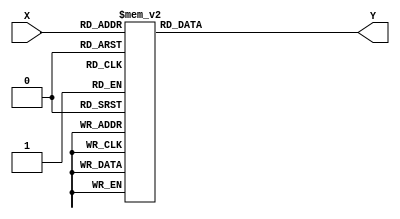
// Lookup table for function log((1+e^(-|x|)) / (1-e^(-|x|)) )
// X: 6 bits, 2 integer: 4 fractional, thus can be sampled at 0.0625
// Y: 4 bits, 2 integer: 2 fractional, thus can be quantized at 0.25

module LUT (
  input  [6-1 : 0] X,
  output reg [4-1 : 0] Y
);

always @(X) begin
  case (X)
    6'b000000: Y = 4'b1111;  // f(0.0) = 3.75 ~ 3.75
    6'b000001: Y = 4'b1110;  // f(0.0625) = 3.4660613494787524 ~ 3.5
    6'b000010: Y = 4'b1011;  // f(0.125) = 2.7738896200803707 ~ 2.75
    6'b000011: Y = 4'b1001;  // f(0.1875) = 2.3700473082913835 ~ 2.25
    6'b000100: Y = 4'b1000;  // f(0.25) = 2.0846309693248757 ~ 2.0
    6'b000101: Y = 4'b0111;  // f(0.3125) = 1.864389967905266 ~ 1.75
    6'b000110: Y = 4'b0111;  // f(0.375) = 1.6855999933200343 ~ 1.75
    6'b000111: Y = 4'b0110;  // f(0.4375) = 1.5356005427273531 ~ 1.5
    6'b001000: Y = 4'b0110;  // f(0.5) = 1.4068291137472952 ~ 1.5
    6'b001001: Y = 4'b0101;  // f(0.5625) = 1.2944024206236089 ~ 1.25
    6'b001010: Y = 4'b0101;  // f(0.625) = 1.1949809216404483 ~ 1.25
    6'b001011: Y = 4'b0100;  // f(0.6875) = 1.1061774802231357 ~ 1.0
    6'b001100: Y = 4'b0100;  // f(0.75) = 1.0262244711552542 ~ 1.0
    6'b001101: Y = 4'b0100;  // f(0.8125) = 0.9537746418430119 ~ 1.0
    6'b001110: Y = 4'b0100;  // f(0.875) = 0.8877760287036583 ~ 1.0
    6'b001111: Y = 4'b0011;  // f(0.9375) = 0.8273901745601959 ~ 0.75
    6'b010000: Y = 4'b0011;  // f(1.0) = 0.7719368329053048 ~ 0.75
    6'b010001: Y = 4'b0011;  // f(1.0625) = 0.7208555005169953 ~ 0.75
    6'b010010: Y = 4'b0011;  // f(1.125) = 0.6736779936816737 ~ 0.75
    6'b010011: Y = 4'b0011;  // f(1.1875) = 0.6300084771378487 ~ 0.75
    6'b010100: Y = 4'b0010;  // f(1.25) = 0.589508646432784 ~ 0.5
    6'b010101: Y = 4'b0010;  // f(1.3125) = 0.5518865508460834 ~ 0.5
    6'b010110: Y = 4'b0010;  // f(1.375) = 0.5168880373173304 ~ 0.5
    6'b010111: Y = 4'b0010;  // f(1.4375) = 0.48429011343574835 ~ 0.5
    6'b011000: Y = 4'b0010;  // f(1.5) = 0.4538957369082066 ~ 0.5
    6'b011001: Y = 4'b0010;  // f(1.5625) = 0.42552967985253504 ~ 0.5
    6'b011010: Y = 4'b0010;  // f(1.625) = 0.39903521295081695 ~ 0.5
    6'b011011: Y = 4'b0001;  // f(1.6875) = 0.3742714219852208 ~ 0.25
    6'b011100: Y = 4'b0001;  // f(1.75) = 0.3511110171316341 ~ 0.25
    6'b011101: Y = 4'b0001;  // f(1.8125) = 0.3294385298078072 ~ 0.25
    6'b011110: Y = 4'b0001;  // f(1.875) = 0.30914881696135627 ~ 0.25
    6'b011111: Y = 4'b0001;  // f(1.9375) = 0.2901458111921393 ~ 0.25
    6'b100000: Y = 4'b0001;  // f(2.0) = 0.2723414689118317 ~ 0.25
    6'b100001: Y = 4'b0001;  // f(2.0625) = 0.2556548791513369 ~ 0.25
    6'b100010: Y = 4'b0001;  // f(2.125) = 0.24001150354615108 ~ 0.25
    6'b100011: Y = 4'b0001;  // f(2.1875) = 0.22534252410881855 ~ 0.25
    6'b100100: Y = 4'b0001;  // f(2.25) = 0.21158428010179142 ~ 0.25
    6'b100101: Y = 4'b0001;  // f(2.3125) = 0.1986777789914924 ~ 0.25
    6'b100110: Y = 4'b0001;  // f(2.375) = 0.18656826934347875 ~ 0.25
    6'b100111: Y = 4'b0001;  // f(2.4375) = 0.175204865793205 ~ 0.25
    6'b101000: Y = 4'b0001;  // f(2.5) = 0.1645402180345878 ~ 0.25
    6'b101001: Y = 4'b0001;  // f(2.5625) = 0.15453021721308324 ~ 0.25
    6'b101010: Y = 4'b0001;  // f(2.625) = 0.14513373427017437 ~ 0.25
    6'b101011: Y = 4'b0001;  // f(2.6875) = 0.13631238572243248 ~ 0.25
    6'b101100: Y = 4'b0001;  // f(2.75) = 0.1280303231172332 ~ 0.25
    6'b101101: Y = 4'b0000;  // f(2.8125) = 0.1202540430249739 ~ 0.0
    6'b101110: Y = 4'b0000;  // f(2.875) = 0.11295221493247462 ~ 0.0
    6'b101111: Y = 4'b0000;  // f(2.9375) = 0.10609552481639412 ~ 0.0
    6'b110000: Y = 4'b0000;  // f(3.0) = 0.09965653251644369 ~ 0.0
    6'b110001: Y = 4'b0000;  // f(3.0625) = 0.09360954130990468 ~ 0.0
    6'b110010: Y = 4'b0000;  // f(3.125) = 0.08793047832251107 ~ 0.0
    6'b110011: Y = 4'b0000;  // f(3.1875) = 0.08259678460505751 ~ 0.0
    6'b110100: Y = 4'b0000;  // f(3.25) = 0.077587313867282 ~ 0.0
    6'b110101: Y = 4'b0000;  // f(3.3125) = 0.07288223899641606 ~ 0.0
    6'b110110: Y = 4'b0000;  // f(3.375) = 0.06846296560195805 ~ 0.0
    6'b110111: Y = 4'b0000;  // f(3.4375) = 0.06431205192452014 ~ 0.0
    6'b111000: Y = 4'b0000;  // f(3.5) = 0.06041313452808037 ~ 0.0
    6'b111001: Y = 4'b0000;  // f(3.5625) = 0.05675085926421248 ~ 0.0
    6'b111010: Y = 4'b0000;  // f(3.625) = 0.053310817055879686 ~ 0.0
    6'b111011: Y = 4'b0000;  // f(3.6875) = 0.05007948409889657 ~ 0.0
    6'b111100: Y = 4'b0000;  // f(3.75) = 0.0470441661225781 ~ 0.0
    6'b111101: Y = 4'b0000;  // f(3.8125) = 0.04419294638853109 ~ 0.0
    6'b111110: Y = 4'b0000;  // f(3.875) = 0.041514637138986274 ~ 0.0
    6'b111111: Y = 4'b0000;  // f(3.9375) = 0.03899873423427339 ~ 0.0
    default: Y = 0;
  endcase

end

endmodule